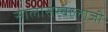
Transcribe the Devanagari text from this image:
सालासरबालाजी